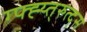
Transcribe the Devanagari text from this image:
ग्फ्ह्य्त्रुत्द्स